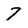
Character: 7